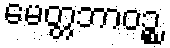
မေတ္တဘာဝဉ္စ